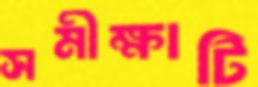
সমীক্ষাটি